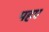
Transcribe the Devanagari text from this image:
पहए